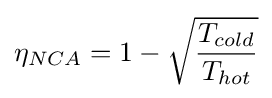
\eta _{NCA}=1-{\sqrt {\frac {T_{cold}}{T_{hot}}}}